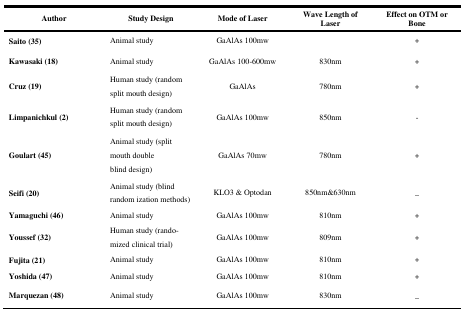
| Author | Study Design | Mode of Laser | Wave Length of Laser | Effect on OTM or Bone |
 | --- | --- | --- | --- | --- |
 | Saito (35) | Animal study | GaAlAs 100mw |  | + |
 | Kawasaki (18) | Animal study | GaAlAs 100-600mw | 830nm | + |
 | Cruz (19) | Human study (randomsplit mouth design) | GaAlAs | 780nm | + |
 | Limpanichkul (2) | Human study (randomsplit mouth design) | GaAlAs 100mw | 850nm | - |
 | Goulart (45) | Animal study (split mouth doubleblind design) | GaAlAs 70mw | 780nm | + |
 | Seifi (20) | Animal study (blind random ization methods) | KLO3 & Optodan | 850nm&630nm | _ |
 | Yamaguchi (46) | Animal study | GaAlAs 100mw | 810nm | + |
 | Youssef (32) | Human study (randomized clinical trial) | GaAlAs 100mw | 809nm | + |
 | Fujita (21) | Animal study | GaAlAs 100mw | 810nm | + |
 | Yoshida (47) | Animal study | GaAlAs 100mw | 810nm | + |
 | Marquezan (48) | Animal study | GaAlAs 100mw | 830nm | _ |